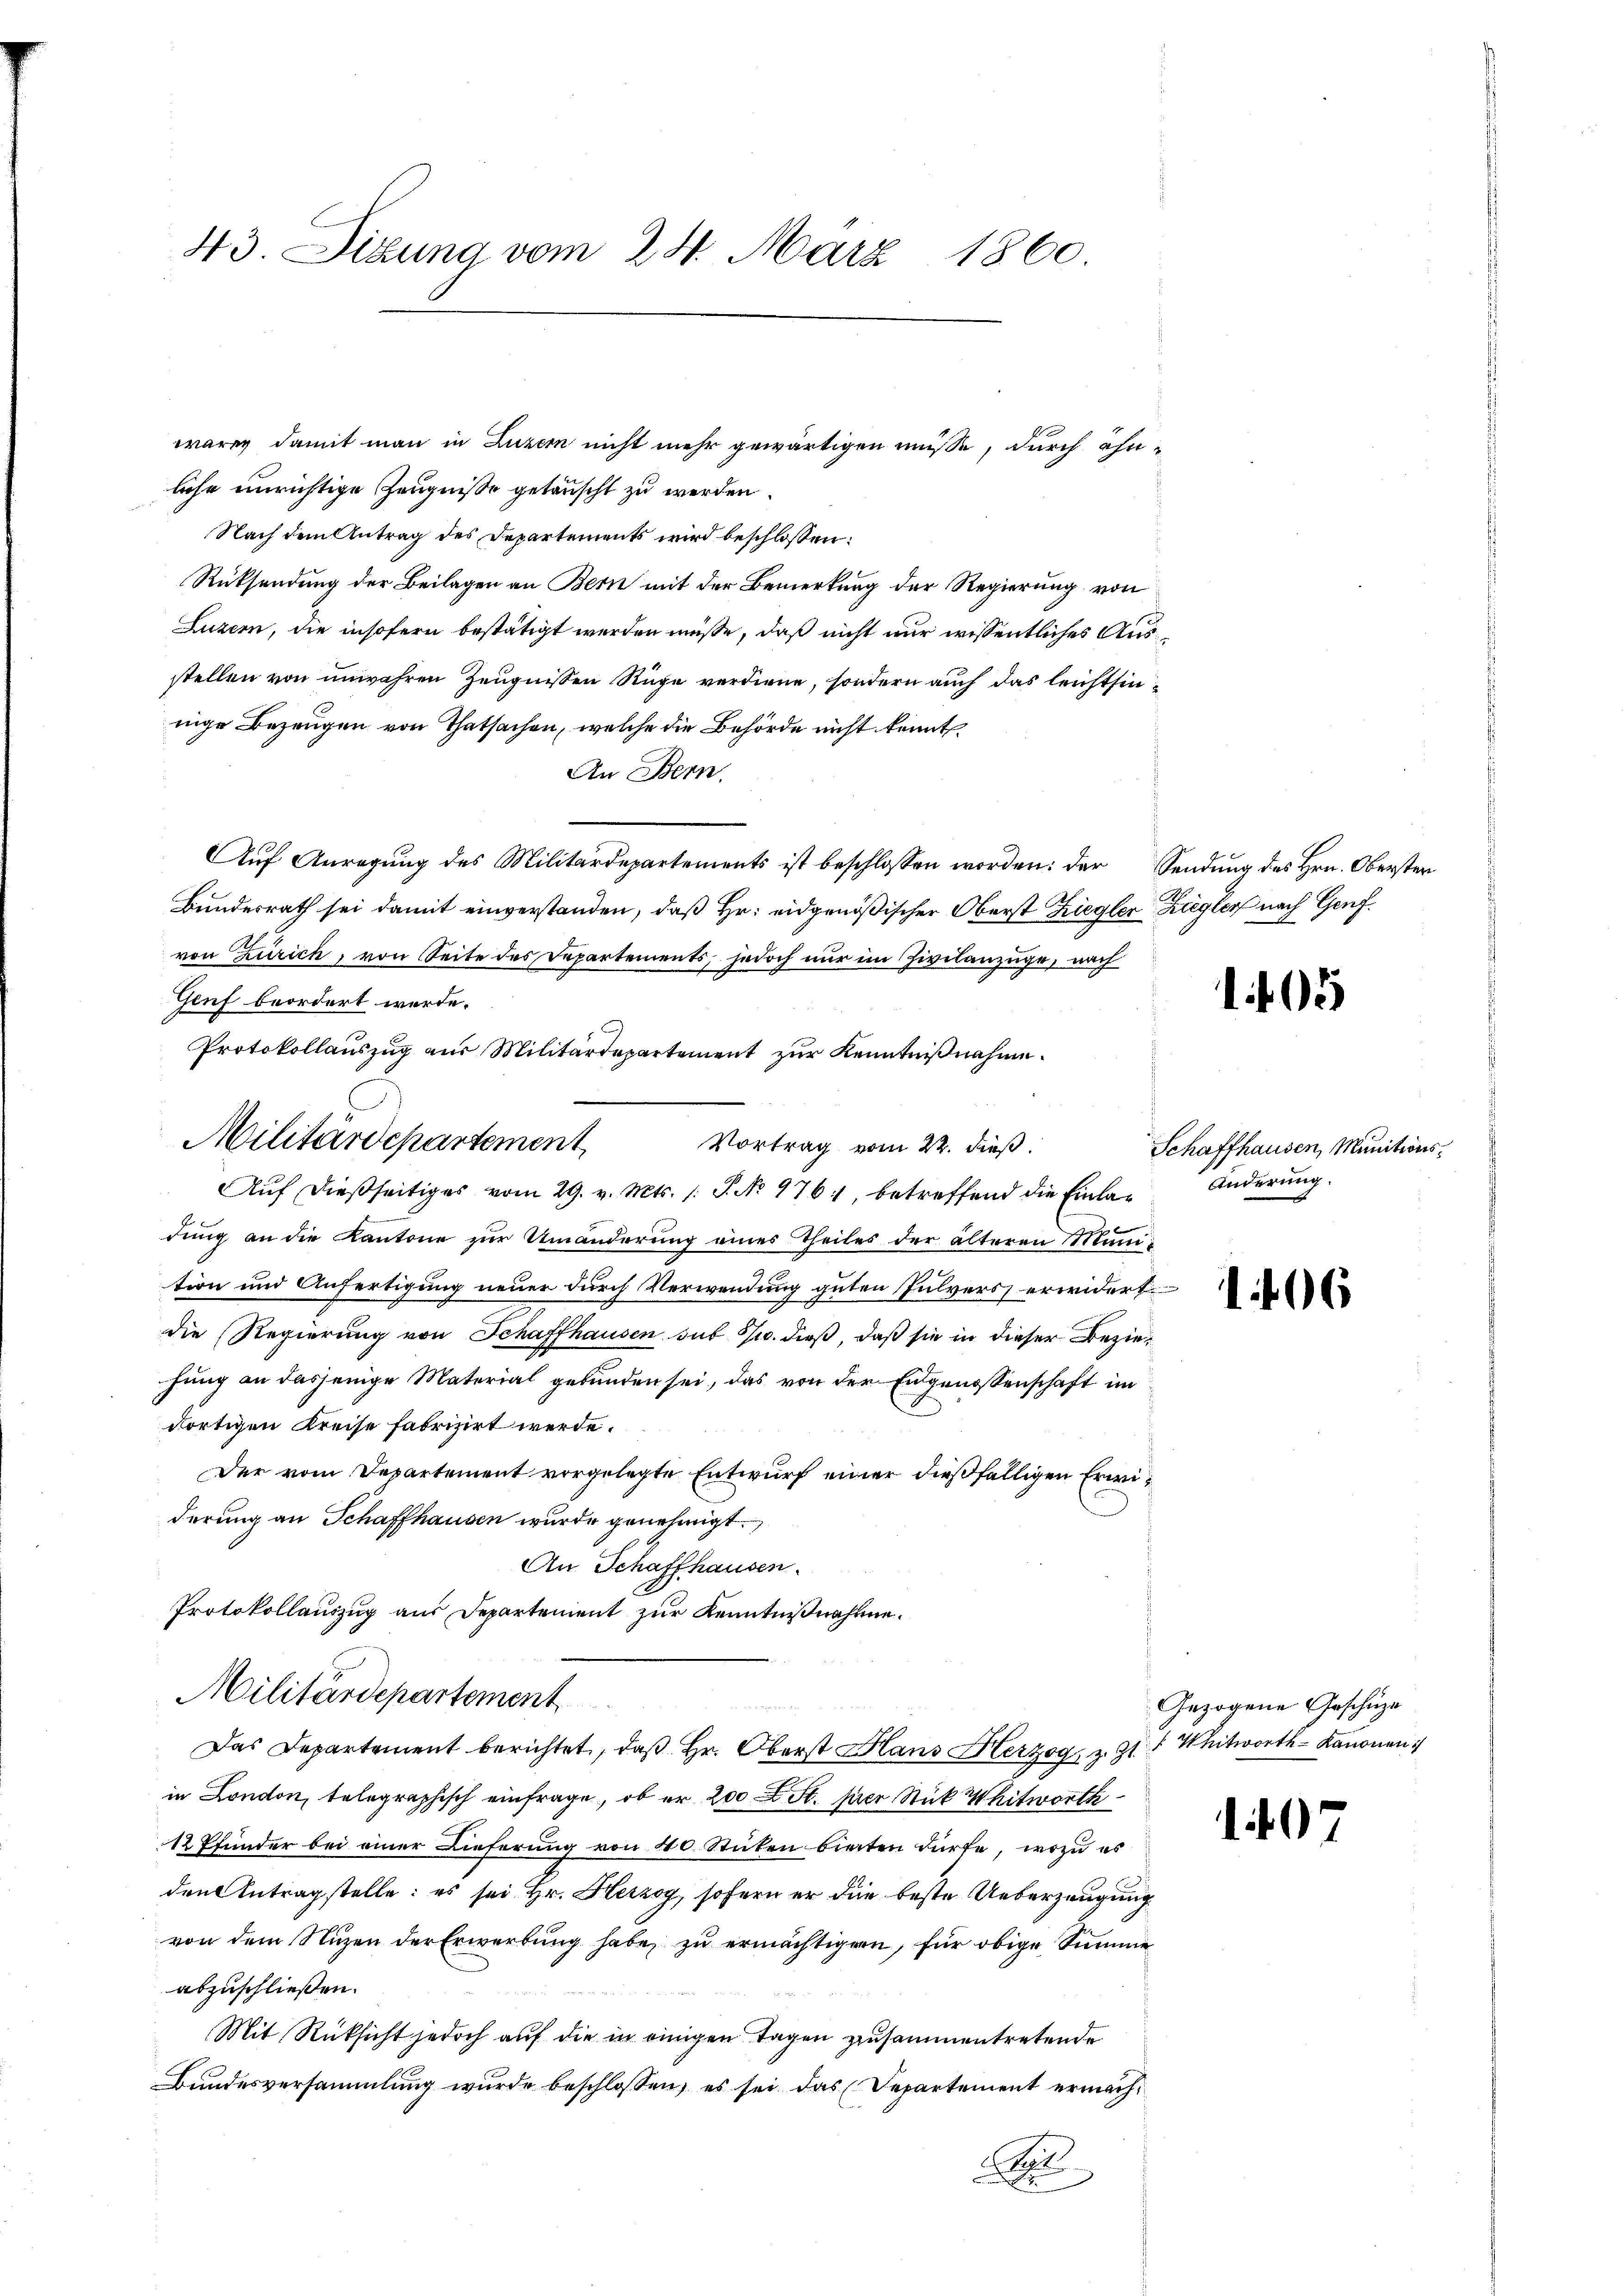
43. Sitzung vom 28. März 1860.

lihe unrichtige Zeugnisse getruscht zu werden.
Nach dem Antrag des Departements wird beschlossen:
Rücksendung der Beilagen an Bern mit der Bemerkung der Regierung von
Luzern, die insofern bestätigt werden müße, daß nicht nur wissentliches Ausstellen von unwahren Zeugnissen Rüge verdiene, sondern auch das leichtsinnige Bezeugen von Thatsachen, welche die Behörde nicht konnt
An Bern.
Auf Anregung des Militärdepartements ist beschlossen worden: der Sendung des Hrn. Oberster
Bundesrath sei damit einverstanden, daß Hr. eidgenößischer Oberst Ziegler Ziegler nach Genf
von Zürich, von Seite des Departements, jedoch nur im Zivilanzüge, nach
Genf beordert werde.
Protokollauszug aus Militärdepartement zur Kenntnißnahme.
Vortrag vom 22. dieß.
Aŭf dießseitiges vom 29. v. Mts. 1. P. No 976, betreffend die Einla- Änderŭng.
dung an die Kantone zur Umänderung eines Theiles der älteren Mani-
tion und Anfertigung neuer durch Verwendung guten Pulvers erwidert
die Regierung von Schaffhausen sub 30. dieß, daß sie in dieser Beziehung an dasjenige Material gebunden sei, das von der Eidgenossenschaft im
dortigen Kreise fabrizirt werde.
Der vom Departement vorgelegte Entwurf einer dießfälligen Erwiderung an Schaffhausen wurde genehmigt.
An Schaffhausen.
Protokollauszug aus Departement zur Kenntnißnahme.
Militärdepartement
Das Departement berichtet, daß Hr. Oberst Hans Herzog, z. Z. Whitworth Kanonen
in London, telegraphisch einfrage, ob er 200 St. per Stück Whitworth
12 Pfunder bei einer Lieferung von 40 Stücken bieten dürfe, wozu es
den Antragstelle: es sei Hr. Herzog, sofern er die beste Ueberzeugung
von dem Nuzen der Erwerbung habe zu ermächtigen, für obige Summe
abzuschließen.
Mit Rücksicht jedoch auf die in einigen Tagen zusammentretende
Bundesversammlung wurde beschlossen, es sei das Departement ermach¬
A

Militärdepartement

wären damit man in Luzern nicht mehr gewärtigen müsse, durch ähn-

105

Schaffhausen, Munitions¬

406

Gezogene Geschüze

107